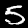
Digit: 5